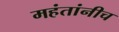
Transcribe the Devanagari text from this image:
महंतांनीच